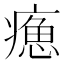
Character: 𤹸